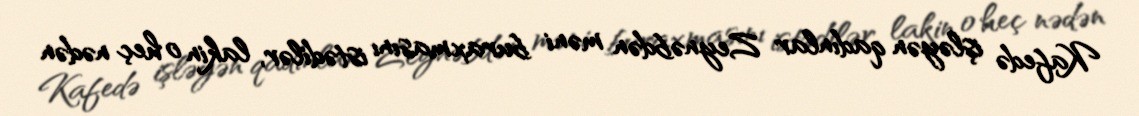
Kafedə işləyən qadınlar Zeynəbdən məni buraxmasını istədilər, lakin o heç nədən